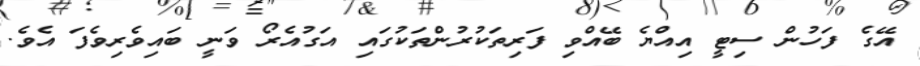
އޭގެ ފަހުން ސިޓީ އިއްޔެ ބޭއްވި ފަރިތަކުރުންތަކުގައި އަގުއެރޯ ވަނީ ބައިވެރިވެފަ އެވެ.